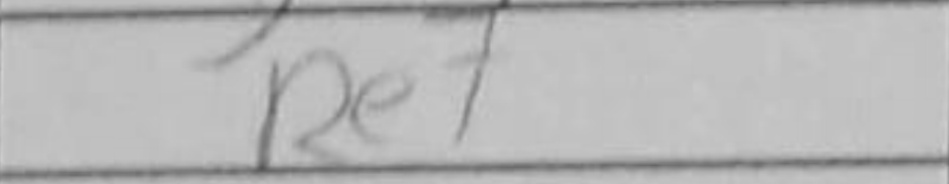
Transcription: Re7